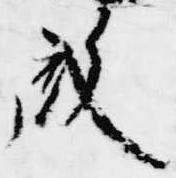
殿